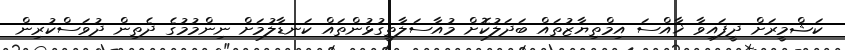
ކަޝްމީރަށް ދީފައިވާ ޚާއްސަ އިމްތިޔާޒުތައް ބަދަލުކޮށް މުއާސަލާތީގުޅުންތައް ކަނޑާލުމަށް ނިންމުމުގެ ދެތިން ދުވަސްކުރިން